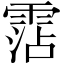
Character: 霑